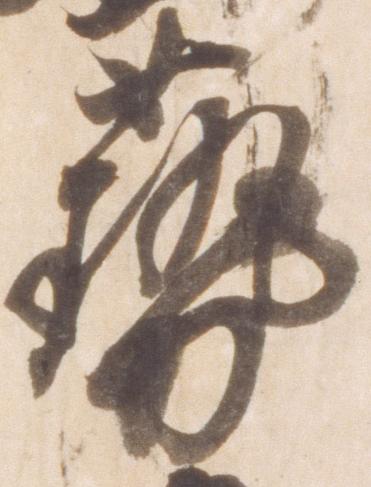
芸